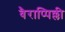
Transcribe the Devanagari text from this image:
वैराप्पिल्ली